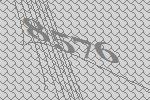
8576